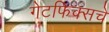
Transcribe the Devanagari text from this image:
गेटफिक्सचे